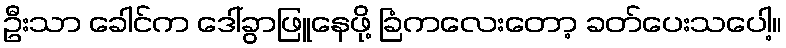
ဦးသာ ခေါင်က ဒေါ်ခွာဖြူနေဖို့ ခြံကလေးတော့ ခတ်ပေးသပေါ့။